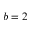
b = 2